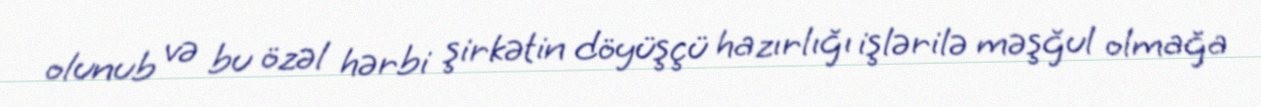
olunub və bu özəl hərbi şirkətin döyüşçü hazırlığı işlərilə məşğul olmağa